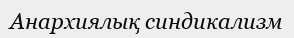
Анархиялық синдикализм